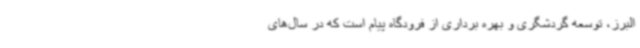
البرز، توسعه گردشگری و بهره برداری از فرودگاه پیام است که در سال‌های